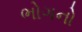
ભોગનો